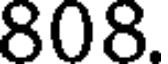
808.